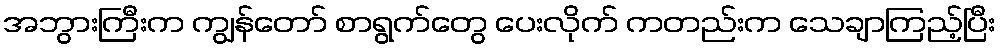
အဘွားကြီးက ကျွန်တော် စာရွက်တွေ ပေးလိုက် ကတည်းက သေချာကြည့်ပြီး